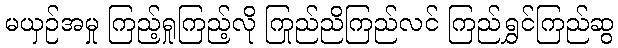
မယှဉ်အမှု ကြည့်ရှုကြည့်လို ကြည်ညိုကြည်လင် ကြည်ရွှင်ကြည်ဆွ